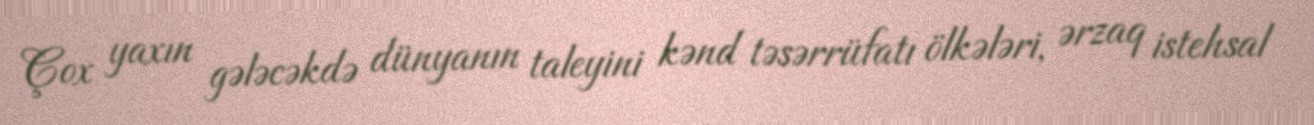
Çox yaxın gələcəkdə dünyanın taleyini kənd təsərrüfatı ölkələri, ərzaq istehsal